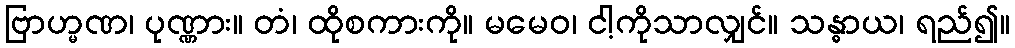
ဗြာဟ္မဏ၊ ပုဏ္ဏား။ တံ၊ ထိုစကားကို။ မမေဝ၊ ငါ့ကိုသာလျှင်။ သန္ဓာယ၊ ရည်၍။